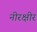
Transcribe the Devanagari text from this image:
नीरक्षीर